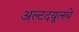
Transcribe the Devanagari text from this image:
अल्टदयूत्स्चे